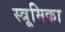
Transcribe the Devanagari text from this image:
स्त्रूमिका